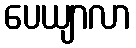
ပေယျာလာ